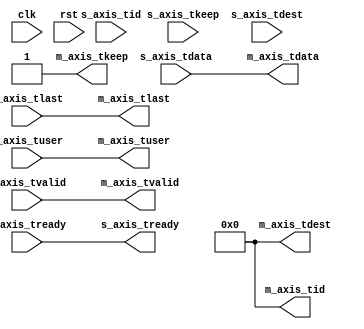
// This program was cloned from: https://github.com/alexforencich/verilog-ethernet
// License: MIT License

/*

Copyright (c) 2014-2023 Alex Forencich

Permission is hereby granted, free of charge, to any person obtaining a copy
of this software and associated documentation files (the "Software"), to deal
in the Software without restriction, including without limitation the rights
to use, copy, modify, merge, publish, distribute, sublicense, and/or sell
copies of the Software, and to permit persons to whom the Software is
furnished to do so, subject to the following conditions:

The above copyright notice and this permission notice shall be included in
all copies or substantial portions of the Software.

THE SOFTWARE IS PROVIDED "AS IS", WITHOUT WARRANTY OF ANY KIND, EXPRESS OR
IMPLIED, INCLUDING BUT NOT LIMITED TO THE WARRANTIES OF MERCHANTABILITY
FITNESS FOR A PARTICULAR PURPOSE AND NONINFRINGEMENT. IN NO EVENT SHALL THE
AUTHORS OR COPYRIGHT HOLDERS BE LIABLE FOR ANY CLAIM, DAMAGES OR OTHER
LIABILITY, WHETHER IN AN ACTION OF CONTRACT, TORT OR OTHERWISE, ARISING FROM,
OUT OF OR IN CONNECTION WITH THE SOFTWARE OR THE USE OR OTHER DEALINGS IN
THE SOFTWARE.

*/

// Language: Verilog 2001

`resetall
`timescale 1ns / 1ps
`default_nettype none

/*
 * AXI4-Stream bus width adapter
 */
module axis_adapter #
(
    // Width of input AXI stream interface in bits
    parameter S_DATA_WIDTH = 8,
    // Propagate tkeep signal on input interface
    // If disabled, tkeep assumed to be 1'b1
    parameter S_KEEP_ENABLE = (S_DATA_WIDTH>8),
    // tkeep signal width (words per cycle) on input interface
    parameter S_KEEP_WIDTH = ((S_DATA_WIDTH+7)/8),
    // Width of output AXI stream interface in bits
    parameter M_DATA_WIDTH = 8,
    // Propagate tkeep signal on output interface
    // If disabled, tkeep assumed to be 1'b1
    parameter M_KEEP_ENABLE = (M_DATA_WIDTH>8),
    // tkeep signal width (words per cycle) on output interface
    parameter M_KEEP_WIDTH = ((M_DATA_WIDTH+7)/8),
    // Propagate tid signal
    parameter ID_ENABLE = 0,
    // tid signal width
    parameter ID_WIDTH = 8,
    // Propagate tdest signal
    parameter DEST_ENABLE = 0,
    // tdest signal width
    parameter DEST_WIDTH = 8,
    // Propagate tuser signal
    parameter USER_ENABLE = 1,
    // tuser signal width
    parameter USER_WIDTH = 1
)
(
    input  wire                     clk,
    input  wire                     rst,

    /*
     * AXI input
     */
    input  wire [S_DATA_WIDTH-1:0]  s_axis_tdata,
    input  wire [S_KEEP_WIDTH-1:0]  s_axis_tkeep,
    input  wire                     s_axis_tvalid,
    output wire                     s_axis_tready,
    input  wire                     s_axis_tlast,
    input  wire [ID_WIDTH-1:0]      s_axis_tid,
    input  wire [DEST_WIDTH-1:0]    s_axis_tdest,
    input  wire [USER_WIDTH-1:0]    s_axis_tuser,

    /*
     * AXI output
     */
    output wire [M_DATA_WIDTH-1:0]  m_axis_tdata,
    output wire [M_KEEP_WIDTH-1:0]  m_axis_tkeep,
    output wire                     m_axis_tvalid,
    input  wire                     m_axis_tready,
    output wire                     m_axis_tlast,
    output wire [ID_WIDTH-1:0]      m_axis_tid,
    output wire [DEST_WIDTH-1:0]    m_axis_tdest,
    output wire [USER_WIDTH-1:0]    m_axis_tuser
);

// force keep width to 1 when disabled
localparam S_BYTE_LANES = S_KEEP_ENABLE ? S_KEEP_WIDTH : 1;
localparam M_BYTE_LANES = M_KEEP_ENABLE ? M_KEEP_WIDTH : 1;

// bus byte sizes (must be identical)
localparam S_BYTE_SIZE = S_DATA_WIDTH / S_BYTE_LANES;
localparam M_BYTE_SIZE = M_DATA_WIDTH / M_BYTE_LANES;

// bus width assertions
initial begin
    if (S_BYTE_SIZE * S_BYTE_LANES != S_DATA_WIDTH) begin
        $error("Error: input data width not evenly divisible (instance %m)");
        $finish;
    end

    if (M_BYTE_SIZE * M_BYTE_LANES != M_DATA_WIDTH) begin
        $error("Error: output data width not evenly divisible (instance %m)");
        $finish;
    end

    if (S_BYTE_SIZE != M_BYTE_SIZE) begin
        $error("Error: byte size mismatch (instance %m)");
        $finish;
    end
end

generate

if (M_BYTE_LANES == S_BYTE_LANES) begin : bypass
    // same width; bypass

    assign s_axis_tready = m_axis_tready;

    assign m_axis_tdata  = s_axis_tdata;
    assign m_axis_tkeep  = M_KEEP_ENABLE ? s_axis_tkeep : {M_KEEP_WIDTH{1'b1}};
    assign m_axis_tvalid = s_axis_tvalid;
    assign m_axis_tlast  = s_axis_tlast;
    assign m_axis_tid    = ID_ENABLE   ? s_axis_tid   : {ID_WIDTH{1'b0}};
    assign m_axis_tdest  = DEST_ENABLE ? s_axis_tdest : {DEST_WIDTH{1'b0}};
    assign m_axis_tuser  = USER_ENABLE ? s_axis_tuser : {USER_WIDTH{1'b0}};

end else if (M_BYTE_LANES > S_BYTE_LANES) begin : upsize
    // output is wider; upsize

    // required number of segments in wider bus
    localparam SEG_COUNT = M_BYTE_LANES / S_BYTE_LANES;
    // data width and keep width per segment
    localparam SEG_DATA_WIDTH = M_DATA_WIDTH / SEG_COUNT;
    localparam SEG_KEEP_WIDTH = M_BYTE_LANES / SEG_COUNT;

    reg [$clog2(SEG_COUNT)-1:0] seg_reg = 0;

    reg [S_DATA_WIDTH-1:0] s_axis_tdata_reg = {S_DATA_WIDTH{1'b0}};
    reg [S_KEEP_WIDTH-1:0] s_axis_tkeep_reg = {S_KEEP_WIDTH{1'b0}};
    reg s_axis_tvalid_reg = 1'b0;
    reg s_axis_tlast_reg = 1'b0;
    reg [ID_WIDTH-1:0] s_axis_tid_reg = {ID_WIDTH{1'b0}};
    reg [DEST_WIDTH-1:0] s_axis_tdest_reg = {DEST_WIDTH{1'b0}};
    reg [USER_WIDTH-1:0] s_axis_tuser_reg = {USER_WIDTH{1'b0}};

    reg [M_DATA_WIDTH-1:0] m_axis_tdata_reg = {M_DATA_WIDTH{1'b0}};
    reg [M_KEEP_WIDTH-1:0] m_axis_tkeep_reg = {M_KEEP_WIDTH{1'b0}};
    reg m_axis_tvalid_reg = 1'b0;
    reg m_axis_tlast_reg = 1'b0;
    reg [ID_WIDTH-1:0] m_axis_tid_reg = {ID_WIDTH{1'b0}};
    reg [DEST_WIDTH-1:0] m_axis_tdest_reg = {DEST_WIDTH{1'b0}};
    reg [USER_WIDTH-1:0] m_axis_tuser_reg = {USER_WIDTH{1'b0}};

    assign s_axis_tready = !s_axis_tvalid_reg;

    assign m_axis_tdata  = m_axis_tdata_reg;
    assign m_axis_tkeep  = M_KEEP_ENABLE ? m_axis_tkeep_reg : {M_KEEP_WIDTH{1'b1}};
    assign m_axis_tvalid = m_axis_tvalid_reg;
    assign m_axis_tlast  = m_axis_tlast_reg;
    assign m_axis_tid    = ID_ENABLE   ? m_axis_tid_reg   : {ID_WIDTH{1'b0}};
    assign m_axis_tdest  = DEST_ENABLE ? m_axis_tdest_reg : {DEST_WIDTH{1'b0}};
    assign m_axis_tuser  = USER_ENABLE ? m_axis_tuser_reg : {USER_WIDTH{1'b0}};

    always @(posedge clk) begin
        m_axis_tvalid_reg <= m_axis_tvalid_reg && !m_axis_tready;

        if (!m_axis_tvalid_reg || m_axis_tready) begin
            // output register empty

            if (seg_reg == 0) begin
                m_axis_tdata_reg[seg_reg*SEG_DATA_WIDTH +: SEG_DATA_WIDTH] <= s_axis_tvalid_reg ? s_axis_tdata_reg : s_axis_tdata;
                m_axis_tkeep_reg <= s_axis_tvalid_reg ? s_axis_tkeep_reg : s_axis_tkeep;
            end else begin
                m_axis_tdata_reg[seg_reg*SEG_DATA_WIDTH +: SEG_DATA_WIDTH] <= s_axis_tdata;
                m_axis_tkeep_reg[seg_reg*SEG_KEEP_WIDTH +: SEG_KEEP_WIDTH] <= s_axis_tkeep;
            end
            m_axis_tlast_reg <= s_axis_tvalid_reg ? s_axis_tlast_reg : s_axis_tlast;
            m_axis_tid_reg <= s_axis_tvalid_reg ? s_axis_tid_reg : s_axis_tid;
            m_axis_tdest_reg <= s_axis_tvalid_reg ? s_axis_tdest_reg : s_axis_tdest;
            m_axis_tuser_reg <= s_axis_tvalid_reg ? s_axis_tuser_reg : s_axis_tuser;

            if (s_axis_tvalid_reg) begin
                // consume data from buffer
                s_axis_tvalid_reg <= 1'b0;

                if (s_axis_tlast_reg || seg_reg == SEG_COUNT-1) begin
                    seg_reg <= 0;
                    m_axis_tvalid_reg <= 1'b1;
                end else begin
                    seg_reg <= seg_reg + 1;
                end
            end else if (s_axis_tvalid) begin
                // data direct from input
                if (s_axis_tlast || seg_reg == SEG_COUNT-1) begin
                    seg_reg <= 0;
                    m_axis_tvalid_reg <= 1'b1;
                end else begin
                    seg_reg <= seg_reg + 1;
                end
            end
        end else if (s_axis_tvalid && s_axis_tready) begin
            // store input data in skid buffer
            s_axis_tdata_reg <= s_axis_tdata;
            s_axis_tkeep_reg <= s_axis_tkeep;
            s_axis_tvalid_reg <= 1'b1;
            s_axis_tlast_reg <= s_axis_tlast;
            s_axis_tid_reg <= s_axis_tid;
            s_axis_tdest_reg <= s_axis_tdest;
            s_axis_tuser_reg <= s_axis_tuser;
        end

        if (rst) begin
            seg_reg <= 0;
            s_axis_tvalid_reg <= 1'b0;
            m_axis_tvalid_reg <= 1'b0;
        end
    end

end else begin : downsize
    // output is narrower; downsize

    // required number of segments in wider bus
    localparam SEG_COUNT = S_BYTE_LANES / M_BYTE_LANES;
    // data width and keep width per segment
    localparam SEG_DATA_WIDTH = S_DATA_WIDTH / SEG_COUNT;
    localparam SEG_KEEP_WIDTH = S_BYTE_LANES / SEG_COUNT;

    reg [S_DATA_WIDTH-1:0] s_axis_tdata_reg = {S_DATA_WIDTH{1'b0}};
    reg [S_KEEP_WIDTH-1:0] s_axis_tkeep_reg = {S_KEEP_WIDTH{1'b0}};
    reg s_axis_tvalid_reg = 1'b0;
    reg s_axis_tlast_reg = 1'b0;
    reg [ID_WIDTH-1:0] s_axis_tid_reg = {ID_WIDTH{1'b0}};
    reg [DEST_WIDTH-1:0] s_axis_tdest_reg = {DEST_WIDTH{1'b0}};
    reg [USER_WIDTH-1:0] s_axis_tuser_reg = {USER_WIDTH{1'b0}};

    reg [M_DATA_WIDTH-1:0] m_axis_tdata_reg = {M_DATA_WIDTH{1'b0}};
    reg [M_KEEP_WIDTH-1:0] m_axis_tkeep_reg = {M_KEEP_WIDTH{1'b0}};
    reg m_axis_tvalid_reg = 1'b0;
    reg m_axis_tlast_reg = 1'b0;
    reg [ID_WIDTH-1:0] m_axis_tid_reg = {ID_WIDTH{1'b0}};
    reg [DEST_WIDTH-1:0] m_axis_tdest_reg = {DEST_WIDTH{1'b0}};
    reg [USER_WIDTH-1:0] m_axis_tuser_reg = {USER_WIDTH{1'b0}};

    assign s_axis_tready = !s_axis_tvalid_reg;

    assign m_axis_tdata  = m_axis_tdata_reg;
    assign m_axis_tkeep  = M_KEEP_ENABLE ? m_axis_tkeep_reg : {M_KEEP_WIDTH{1'b1}};
    assign m_axis_tvalid = m_axis_tvalid_reg;
    assign m_axis_tlast  = m_axis_tlast_reg;
    assign m_axis_tid    = ID_ENABLE   ? m_axis_tid_reg   : {ID_WIDTH{1'b0}};
    assign m_axis_tdest  = DEST_ENABLE ? m_axis_tdest_reg : {DEST_WIDTH{1'b0}};
    assign m_axis_tuser  = USER_ENABLE ? m_axis_tuser_reg : {USER_WIDTH{1'b0}};

    always @(posedge clk) begin
        m_axis_tvalid_reg <= m_axis_tvalid_reg && !m_axis_tready;

        if (!m_axis_tvalid_reg || m_axis_tready) begin
            // output register empty

            m_axis_tdata_reg <= s_axis_tvalid_reg ? s_axis_tdata_reg : s_axis_tdata;
            m_axis_tkeep_reg <= s_axis_tvalid_reg ? s_axis_tkeep_reg : s_axis_tkeep;
            m_axis_tlast_reg <= 1'b0;
            m_axis_tid_reg <= s_axis_tvalid_reg ? s_axis_tid_reg : s_axis_tid;
            m_axis_tdest_reg <= s_axis_tvalid_reg ? s_axis_tdest_reg : s_axis_tdest;
            m_axis_tuser_reg <= s_axis_tvalid_reg ? s_axis_tuser_reg : s_axis_tuser;

            if (s_axis_tvalid_reg) begin
                // buffer has data; shift out from buffer
                s_axis_tdata_reg <= s_axis_tdata_reg >> SEG_DATA_WIDTH;
                s_axis_tkeep_reg <= s_axis_tkeep_reg >> SEG_KEEP_WIDTH;

                m_axis_tvalid_reg <= 1'b1;

                if ((s_axis_tkeep_reg >> SEG_KEEP_WIDTH) == 0) begin
                    s_axis_tvalid_reg <= 1'b0;
                    m_axis_tlast_reg <= s_axis_tlast_reg;
                end
            end else if (s_axis_tvalid && s_axis_tready) begin
                // buffer is empty; store from input
                s_axis_tdata_reg <= s_axis_tdata >> SEG_DATA_WIDTH;
                s_axis_tkeep_reg <= s_axis_tkeep >> SEG_KEEP_WIDTH;
                s_axis_tlast_reg <= s_axis_tlast;
                s_axis_tid_reg <= s_axis_tid;
                s_axis_tdest_reg <= s_axis_tdest;
                s_axis_tuser_reg <= s_axis_tuser;

                m_axis_tvalid_reg <= 1'b1;

                if ((s_axis_tkeep >> SEG_KEEP_WIDTH) == 0) begin
                    s_axis_tvalid_reg <= 1'b0;
                    m_axis_tlast_reg <= s_axis_tlast;
                end else begin
                    s_axis_tvalid_reg <= 1'b1;
                end
            end
        end else if (s_axis_tvalid && s_axis_tready) begin
            // store input data
            s_axis_tdata_reg <= s_axis_tdata;
            s_axis_tkeep_reg <= s_axis_tkeep;
            s_axis_tvalid_reg <= 1'b1;
            s_axis_tlast_reg <= s_axis_tlast;
            s_axis_tid_reg <= s_axis_tid;
            s_axis_tdest_reg <= s_axis_tdest;
            s_axis_tuser_reg <= s_axis_tuser;
        end

        if (rst) begin
            s_axis_tvalid_reg <= 1'b0;
            m_axis_tvalid_reg <= 1'b0;
        end
    end

end

endgenerate

endmodule

`resetall